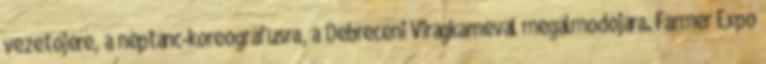
vezetőjére, a néptánc-koreográfusra, a Debreceni Virágkarnevál megálmodójára. Farmer Expo